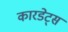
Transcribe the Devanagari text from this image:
कारडेट्स